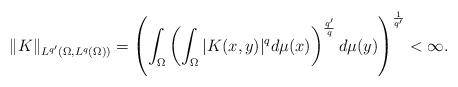
LaTeX: \begin{align*}\|K\|_{L^{q'}(\Omega, L^q(\Omega))}=\left(\int_{\Omega}\left(\int_{\Omega}|K(x,y)|^ q d\mu(x)\right)^{\frac{q'}q}d\mu(y)\right )^{\frac{1}{q'}}<\infty.\end{align*}